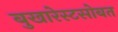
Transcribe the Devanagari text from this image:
बुखारेस्टसोबत